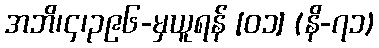
အဘိ၊၄၊၃၉၆-မှယူရန် [၀၁] (နိ-၇၁)